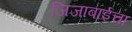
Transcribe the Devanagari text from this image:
जिजाबाईचा